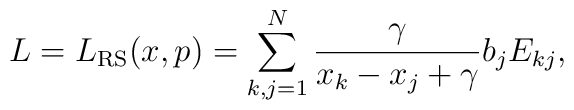
L=L_{\rm RS}(x,p)=\sum_{k,j=1}^N \frac{\gamma}{x_k-x_j+\gamma}b_jE_{kj},